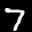
Label: 7